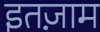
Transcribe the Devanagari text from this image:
इतज़ाम